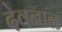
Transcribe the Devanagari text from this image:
देवनाळ